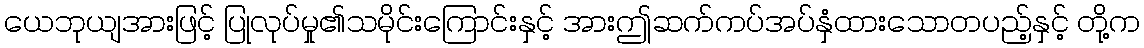
ယေဘုယျအားဖြင့် ပြုလုပ်မှု၏သမိုင်းကြောင်းနှင့် အားဤဆက်ကပ်အပ်နှံထားသောတပည့်နှင့် တို့က